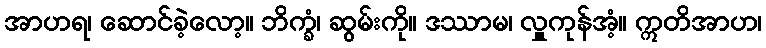
အာဟရ၊ ဆောင်ခဲ့လော့။ ဘိက္ခံ၊ ဆွမ်းကို။ ဒဿာမ၊ လှူကုန်အံ့။ ဣတိအာဟ၊